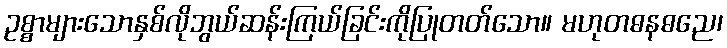
ဥစ္စာများသောနှစ်လိုဘွယ်ဆန်းကြယ်ခြင်းကိုပြုတတ်သော။ မဟုတဓနဓညေ၊